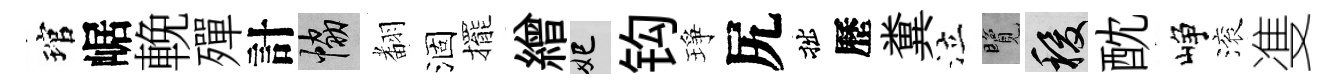
琯崌輓殫計協𮋒涸擺繒妃钩琤尻拙歷糞泣覽稷酖峥滚㕠